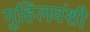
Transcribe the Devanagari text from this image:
गुहिलवंशी